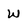
Character: W